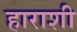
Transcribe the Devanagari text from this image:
हाराशी